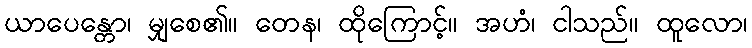
ယာပေန္တော၊ မျှစေ၏။ တေန၊ ထိုကြောင့်။ အဟံ၊ ငါသည်။ ထူလော၊